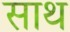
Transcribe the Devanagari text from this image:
साथ